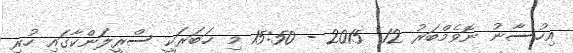
އިހުސާނު ނޮވެމްބަރު 12